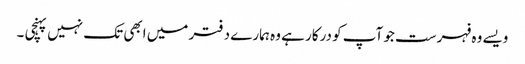
ویسے وہ فہرست جو آپ کو درکار ہے وہ ہمارے دفتر میں ابھی تک نہیں پہنچی ۔